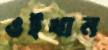
ওইখান